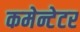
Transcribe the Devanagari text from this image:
कमेन्टेटर